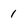
Character: 1